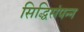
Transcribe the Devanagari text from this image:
सिद्धिसंपन्न